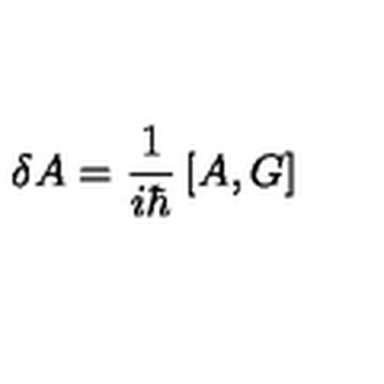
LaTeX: \delta A = \frac { 1 } { i \hbar } \left[ A , G \right]